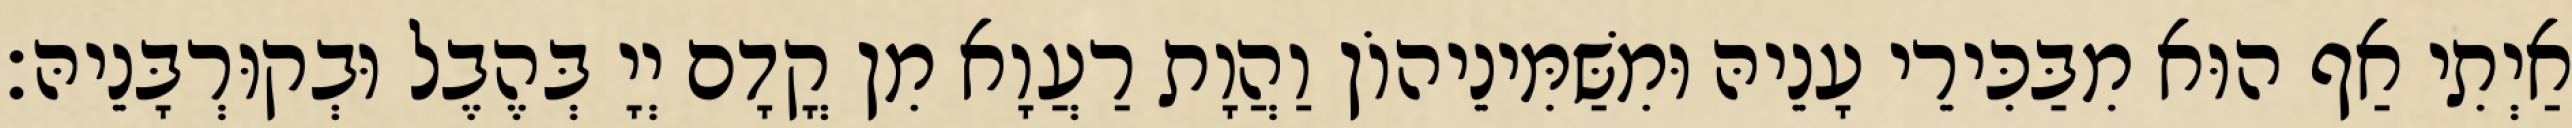
אַיְתִי אַף הוּא מִבַּכִּירֵי עָנֵיהּ וּמִשַּׁמִּינֵיהוֹן וַהֲוָת רַעֲוָא מִן קֳדָם יְיָ בְּהֶבֶל וּבְקוּרְבָּנֵיהּ׃